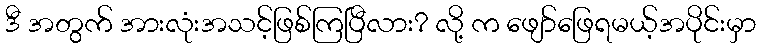
ဒီ အတွက် အားလုံးအသင့်ဖြစ်ကြပြီလား? လို့ က ဖျော်ဖြေရမယ့်အပိုင်းမှာ